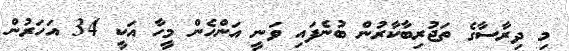
މި ދިރާސާގެ ތަޖުރިބާކާރުން ބުނެފައި ވަނީ އަންހެން މީހާ އަކީ 34 އަހަރުން